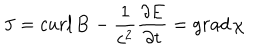
{ \bf J } = c u r l \, { \bf B } - { \frac { 1 } { c ^ { 2 } } } { \frac { \partial { \bf E } } { \partial t } } = g r a d \, \chi